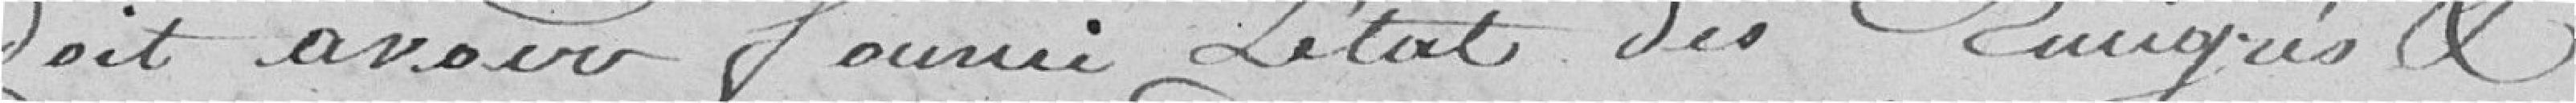
doit avoir fourni L'état des Emigrés